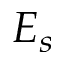
E _ { s }